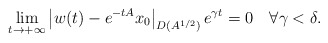
\begin{align*}\lim_{t\to+\infty}\left|w(t)-e^{-tA}x_{0}\right|_{D(A^{1/2})}e^{\gamma t}=0\quad\forall \gamma<\delta.\end{align*}